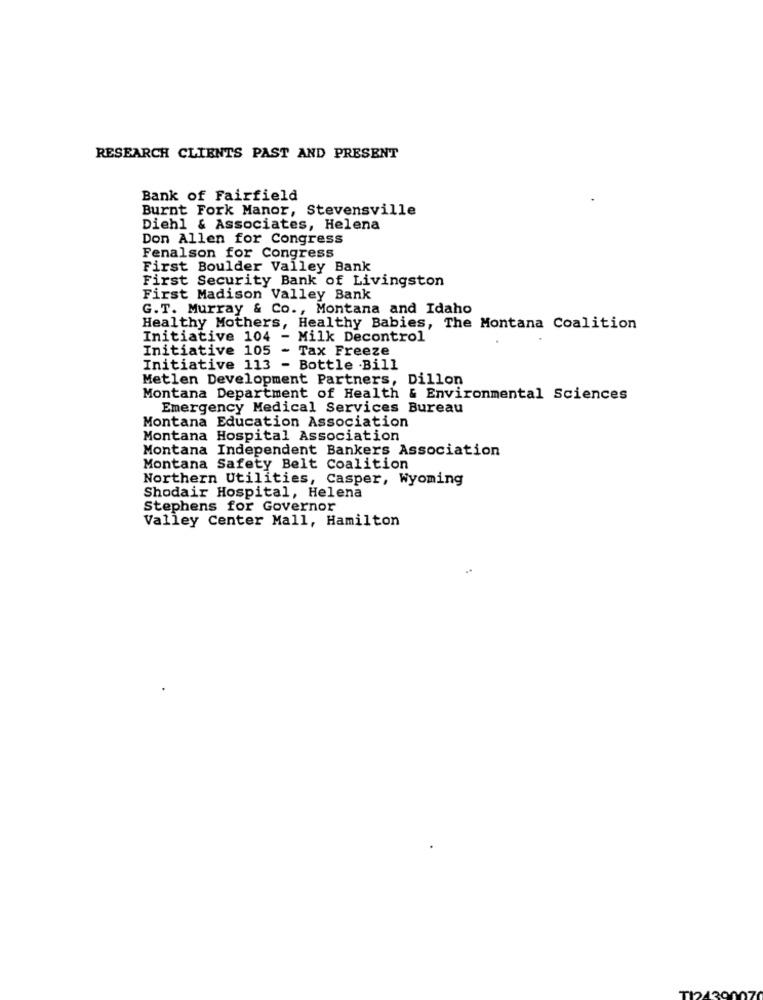
RESEARCH CLIENTS PAST AND PRESENT
Bank of Fairfield
Burnt Fork Manor, Stevensville
Diehl & Associates, Helena
Don Allen for Congress
Fenalson for Congress
First Boulder Valley Bank
First Security Bank of Livingston
First Madison Valley Bank
G.T. Murray & Co ., Montana and Idaho
Healthy Mothers, Healthy Babies, The Montana Coalition
Initiative 104 - Milk Decontrol
Initiative 105
Tax Freeze
Initiative 113 - Bottle .Bill
Metlen Development Partners, Dillon
Montana Department of Health & Environmental Sciences
Emergency Medical Services Bureau
Montana Education Association
Montana Hospital Association
Montana Independent Bankers Association
Montana Safety Belt Coalition
Northern Utilities, Casper, Wyoming
Shodair Hospital, Helena
Stephens for Governor
Valley Center Mall, Hamilton